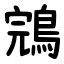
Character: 鵍